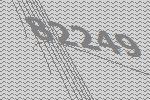
82249